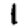
Digit: 1